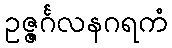
ဥဇ္ဇင်္ဂလနဂရကံ